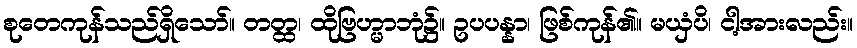
စုတေကုန်သည်ရှိသော်။ တတ္ထ၊ ထိုဗြဟ္မာဘုံ၌။ ဥပပန္နာ၊ ဖြစ်ကုန်၏။ မယှံပိ၊ ငါ့အားလည်း။